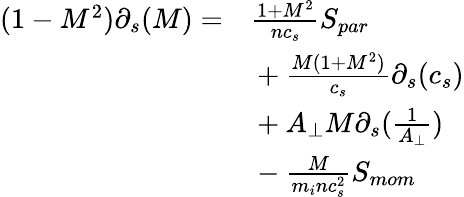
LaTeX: \begin{array}{rl}{(1-M^{2})\partial_{s}(M)=}&{{}\frac{1+M^{2}}{nc_{s}}S_{par}}\\ {~}&{{}+\frac{M(1+M^{2})}{c_{s}}\partial_{s}(c_{s})}\\ {~}&{{}+A_{\perp}M\partial_{s}(\frac{1}{A_{\perp}})}\\ {~}&{{}-\frac{M}{m_{i}nc_{s}^{2}}S_{mom}}\end{array}